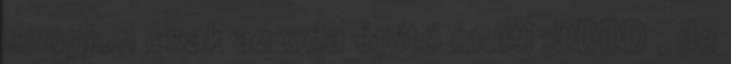
szopjon csak az oda építő multi :DDDD , de